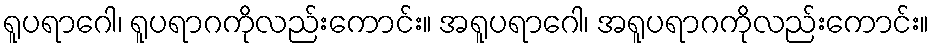
ရူပရာဂေါ၊ ရူပရာဂကိုလည်းကောင်း။ အရူပရာဂေါ၊ အရူပရာဂကိုလည်းကောင်း။